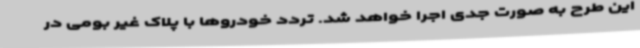
این طرح به صورت جدی اجرا خواهد شد. تردد خودروها با پلاک غیر بومی در